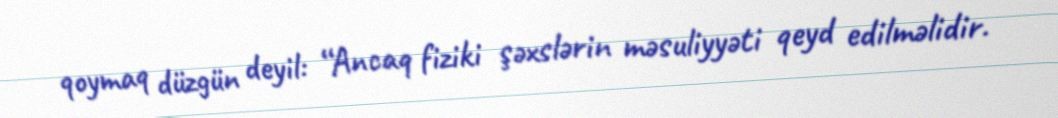
qoymaq düzgün deyil: “Ancaq fiziki şəxslərin məsuliyyəti qeyd edilməlidir.